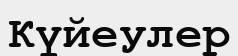
Күйеулер